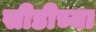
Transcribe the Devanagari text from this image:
सीडीच्या